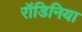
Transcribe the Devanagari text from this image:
रॉडिनिया